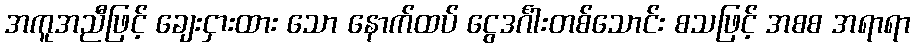
အကူအညီဖြင့် ချေးငှားထား သော နောက်ထပ် ငွေဒင်္ဂါးတစ်သောင်း စသဖြင့် အစစ အရာရာ